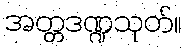
အတ္တဒဏ္ဍသုတ်။